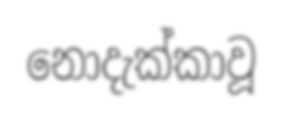
නොදැක්කාවූ